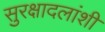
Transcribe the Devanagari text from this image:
सुरक्षादलांशी